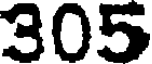
305